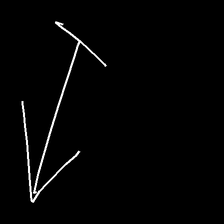
Glyph: levitation